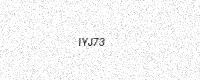
Text: IYJ73